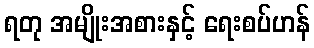
ရတု အမျိုးအစားနှင့် ရေးစပ်ဟန်